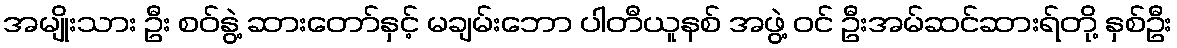
အမျိုးသား ဦး စဝ်နွဲ့ ဆားတော်နှင့် မချမ်းဘော ပါတီယူနစ် အဖွဲ့ ဝင် ဦးအမ်ဆင်ဆားရ်တို့ နှစ်ဦး